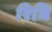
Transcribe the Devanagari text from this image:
रिधि